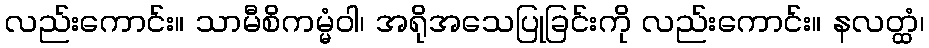
လည်းကောင်း။ သာမီစိကမ္မံဝါ၊ အရိုအသေပြုခြင်းကို လည်းကောင်း။ နလတ္ထံ၊